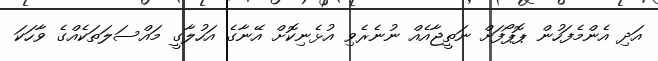
އަދި އެންމެފަހުން ޕޮޕޯފަށް ނަތީޖާއެއް ނުނެރެވި އުޅެނިކޮށް އޭނާގެ އަހުލާގީ މައްސަލަތަކެއްގެ ވާހަކަ